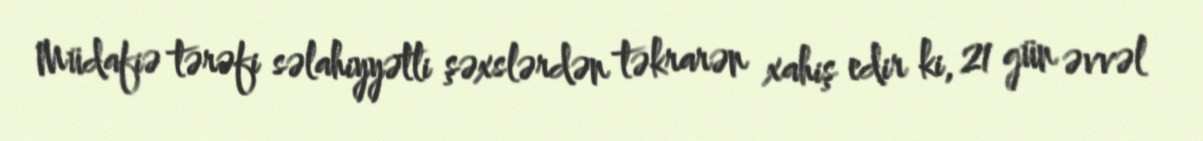
Müdafiə tərəfi səlahiyyətli şəxslərdən təkrarən xahiş edir ki, 21 gün əvvəl